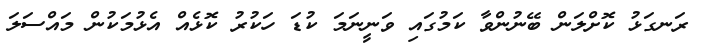
ރަނގަޅު ކޮށްލަން ބޭނުންވާ ކަމުގައި ވަނީނަމަ ކުޑަ ހަކުރު ކޮޅެއް އެޅުމަކުން މައްސަލަ